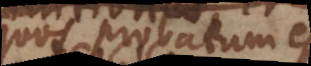
quos probatum est